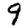
Digit: 9